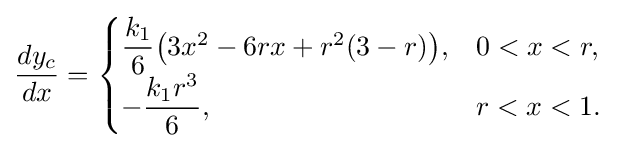
{\frac {dy_{c}}{dx}}={\begin{cases}{\dfrac {k_{1}}{6}}{\big (}3x^{2}-6rx+r^{2}(3-r){\big )},&0<x<r,\\-{\dfrac {k_{1}r^{3}}{6}},&r<x<1.\end{cases}}